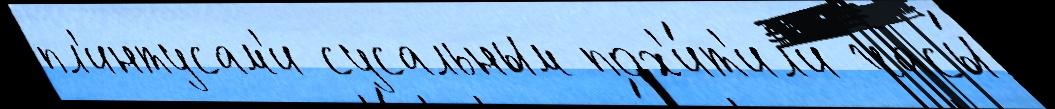
пл'интусам'и сусальным пох'и́т'ил'и часы́